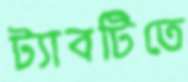
ট্যাবটিতে